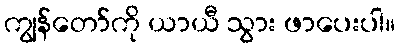
ကျွန်တော်ကို ယာယီ သွား ဖာပေးပါ။